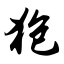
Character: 狍